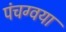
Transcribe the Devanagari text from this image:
पंचग्वया